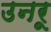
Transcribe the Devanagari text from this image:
उनरू